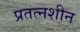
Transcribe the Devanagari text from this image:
प्रतत्नशीन